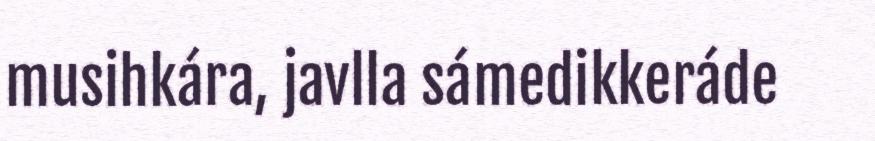
musihkára, javlla sámedikkeráde